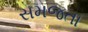
સમજતા